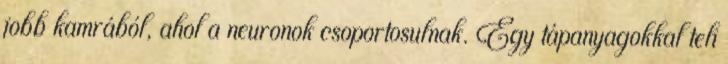
jobb kamrából, ahol a neuronok csoportosulnak. Egy tápanyagokkal teli